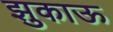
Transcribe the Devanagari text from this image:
झुकाऊ